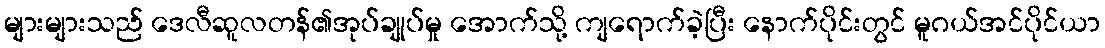
များများသည် ဒေလီဆူလတန်၏အုပ်ချုပ်မှု အောက်သို့ ကျရောက်ခဲ့ပြီး နောက်ပိုင်းတွင် မူဂယ်အင်ပိုင်ယာ